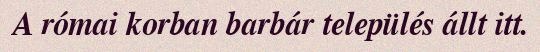
A római korban barbár település állt itt.